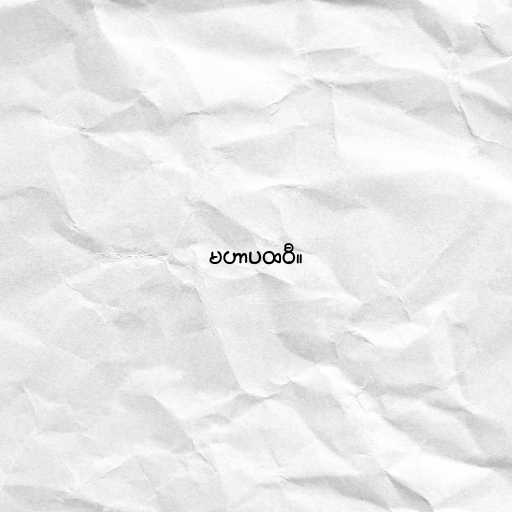
မဟာပထဝီ။